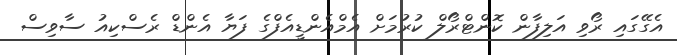
އެގޭގައި ރޯވި އަލިފާން ކޮންޓްރޯލް ކުރުމަށް އެމްއެންޑީއެފްގެ ފަޔާ އެންޑް ރެސްކިއު ސާވިސް